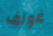
غولف